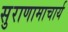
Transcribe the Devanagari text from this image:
सुराणामाचार्य